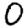
Digit: 0